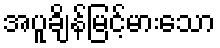
အပူချိန်မြင့်မားသော